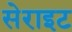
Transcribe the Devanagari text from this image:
सेराइट